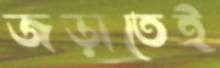
জড়াতেই